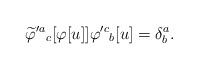
LaTeX: \begin{align*}\widetilde \varphi'^a{}_c[\varphi[u]] \varphi'^c{}_b[u] = \delta^a_b.\end{align*}